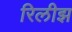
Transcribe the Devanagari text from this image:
रिलीझ